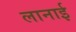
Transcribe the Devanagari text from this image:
लानाई